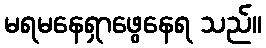
မရမနေရှာဖွေနေရ သည်။